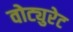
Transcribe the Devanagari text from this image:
वोट्युरेट